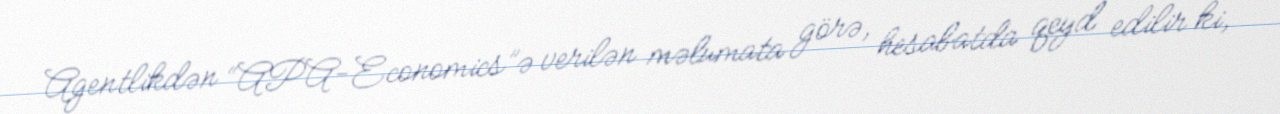
Agentlikdən “APA-Economics”ə verilən məlumata görə, hesabatda qeyd edilir ki,